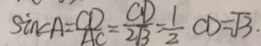
\sin \angle A = \frac { C D } { A C } = \frac { C D } { 2 \sqrt { 3 } } = \frac { 1 } { 2 } C D = \sqrt { 3 } .